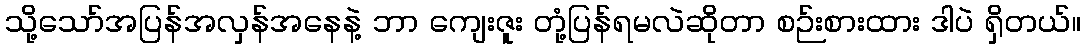
သို့သော်အပြန်အလှန်အနေနဲ့ ဘာ ကျေးဇူး တုံ့ပြန်ရမလဲဆိုတာ စဉ်းစားထား ဒါပဲ ရှိတယ်။